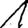
Digit: 1